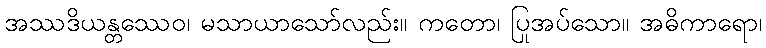
အဿဒိယန္တဿေဝ၊ မသာယာသော်လည်း။ ကတော၊ ပြုအပ်သော။ အဓိကာရော၊